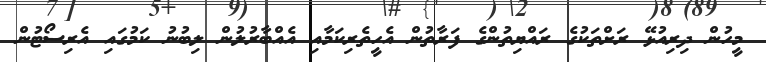
މީހުން ދިރިއުޅޭ ރަށްތަކުގެ ރައްޔިތުންގެ ފަރާތުން އެހީތެރިކަމާއި އެއްބާރުލުން ލިބުނު ކަމުގައި އެރިސޯޓުން